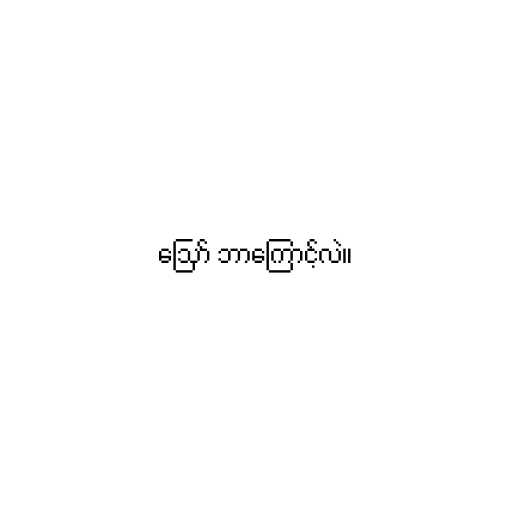
ဪ ဘာကြောင့်လဲ။